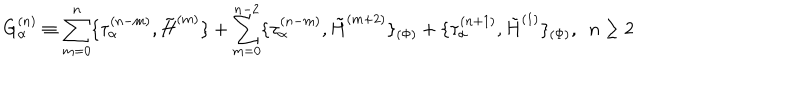
LaTeX: G _ { \alpha } ^ { ( n ) } \equiv \sum _ { m = 0 } ^ { n } \{ \tau _ { \alpha } ^ { ( n - m ) } , \tilde { H } ^ { ( m ) } \} + \sum _ { m = 0 } ^ { n - 2 } \{ \tau _ { \alpha } ^ { ( n - m ) } , \tilde { H } ^ { ( m + 2 ) } \} _ { ( \Phi ) } + \{ \tau _ { \alpha } ^ { ( n + 1 ) } , \tilde { H } ^ { ( 1 ) } \} _ { ( \Phi ) } , ~ ~ n \geq 2